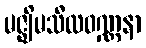
မဇ္ဈိမသီလဝဏ္ဏနာ